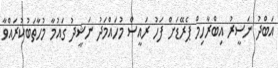
އަބްދު ނަސީރު އިބްރާހިމް ޕެރޭޑަށް ފަހު ރައީސް މުހައްމަދު ނަޝީދު ގައުމާ މުހާތަބުކުރައްވާ